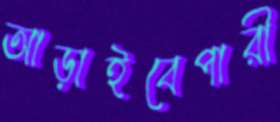
আড়াইবেপারী